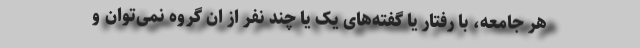
هر جامعه، با رفتار یا گفته‌های یک یا چند نفر از ان گروه نمی‌توان و